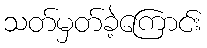
သတ်မှတ်ခဲ့ကြောင်း